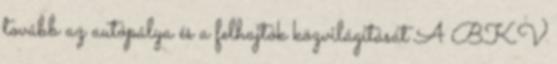
tovább az autópálya és a felhajtók közvilágítását A BKV